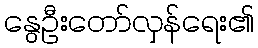
နွေဦးတော်လှန်ရေး၏